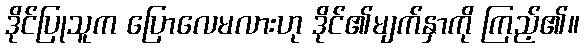
ဒိုင်ပြုသူက ပြောလေမလားဟု ဒိုင်၏မျက်နှာကို ကြည့်၏။